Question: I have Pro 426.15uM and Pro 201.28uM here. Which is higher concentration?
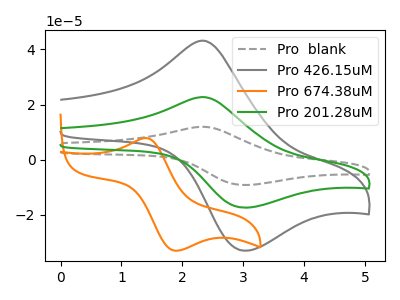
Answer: <think>The gray dashed curve "Pro  blank" has an anodic peak at (2.35V, 45.40uA) and a cathodic peak at (3.00V, -34.65uA). The gray curve "Pro 426.15uM" has an anodic peak at (2.35V, 43.15uA) and a cathodic peak at (3.00V, -32.95uA). The orange curve "Pro 674.38uM" has an anodic peak at (1.40V, 7.85uA) and a cathodic peak at (1.85V, -32.95uA). The green curve "Pro 201.28uM" has an anodic peak at (2.35V, 22.70uA) and a cathodic peak at (3.00V, -17.35uA).
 All the peaks in "Pro 426.15uM" have a peak in "Pro 201.28uM" at the same potential. Every peak in "Pro 426.15uM" is higher than every peak in "Pro 201.28uM".</think>
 <answer>"Pro 426.15uM" has more signal than "Pro 201.28uM" and so likely has a higher concentration.</answer>
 <eval>more_concentration</eval>